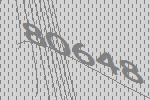
80648